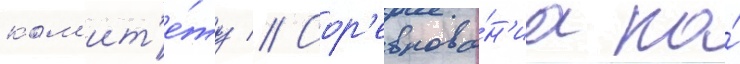
ком'ит'е́ту // Сор'евнова́н'иа по́